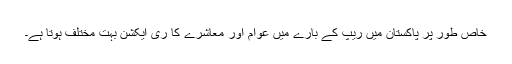
خاص طور پر پاکستان میں ریپ کے بارے میں عوام اور معاشرے کا ری ایکشن بہت مختلف ہوتا ہے۔